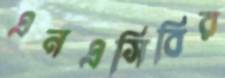
এনএসিবির